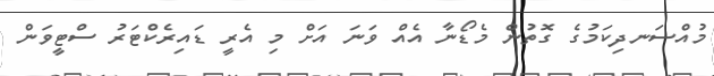
މުއްސަނދިކަމުގެ ގޮތުން މެޑޯނާ އެއް ވަނަ އަށް މި އެރީ ޑައިރެކްޓަރު ސްޓީވަން